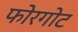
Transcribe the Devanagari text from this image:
फोरगोट